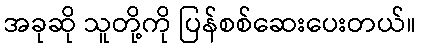
အခုဆို သူတို့ကို ပြန်စစ်ဆေးပေးတယ်။